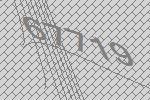
67719